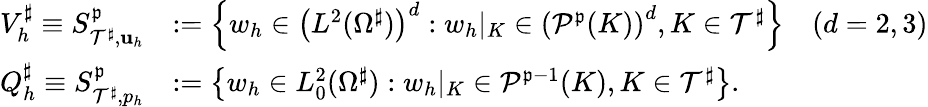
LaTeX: \begin{array}{rl}{V_{h}^{\sharp}\equiv S_{\mathcal{T}^{\sharp},{\mathbf{u}}_{h}}^{\mathfrak{p}}}&{:=\left\{ w_{h}\in\left(L^{2}(\Omega^{\sharp})\right)^{d}:w_{h}|_{K}\in\left(\mathcal{P}^{\mathfrak{p}}(K)\right)^{d},K\in\mathcal{T}^{\sharp}\right\} \quad(d=2,3)}\\ {Q_{h}^{\sharp}\equiv S_{\mathcal{T}^{\sharp},p_{h}}^{\mathfrak{p}}}&{:=\left\{ w_{h}\in L_{0}^{2}(\Omega^{\sharp}):w_{h}|_{K}\in\mathcal{P}^{\mathfrak{p}-1}(K),K\in\mathcal{T}^{\sharp}\right\} .}\end{array}